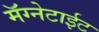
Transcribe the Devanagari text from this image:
मॅग्नेटाईट